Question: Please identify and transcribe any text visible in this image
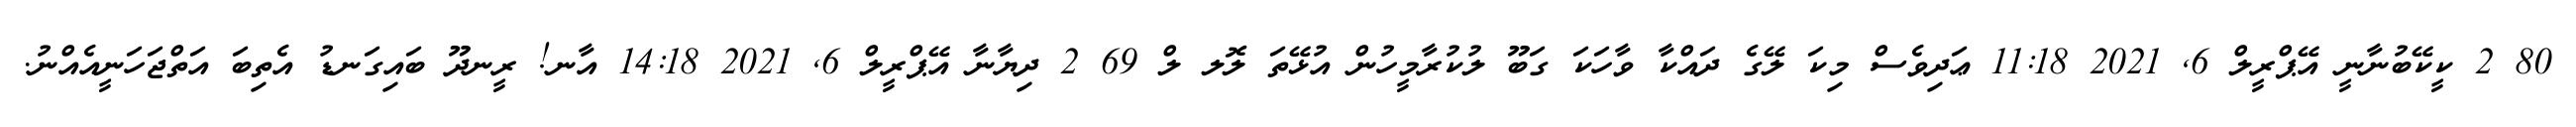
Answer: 80 2 ކީކޭބުނާނީ އޭޕްރީލް 6, 2021 11:18 ޢަދިވެސް މިކަ ލޭގެ ދައްކާ ވާހަކަ ގަބޫ ލުކުރާމީހުން އުޅޭތަ ލޮލ ލް 69 2 ދިޔާނާ އޭޕްރީލް 6, 2021 14:18 އާނ! ރީނދޫ ބައިގަނޑު އެތިބަ އަތްޖަހަނީއެއްނު.